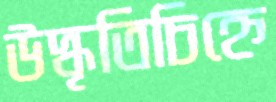
উদ্ধৃতিচিহ্নে